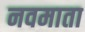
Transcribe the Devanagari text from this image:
नवमाता